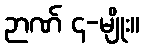
ဉာဏ် ၄-မျိုး။